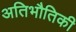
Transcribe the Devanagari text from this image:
अतिभौतिकी